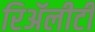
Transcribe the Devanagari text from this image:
रिॲलीटी